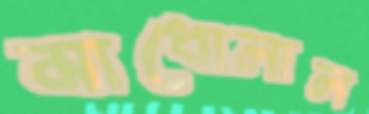
মাধোলাল